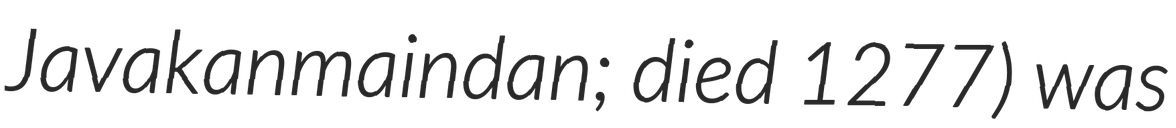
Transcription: Javakanmaindan; died 1277) was